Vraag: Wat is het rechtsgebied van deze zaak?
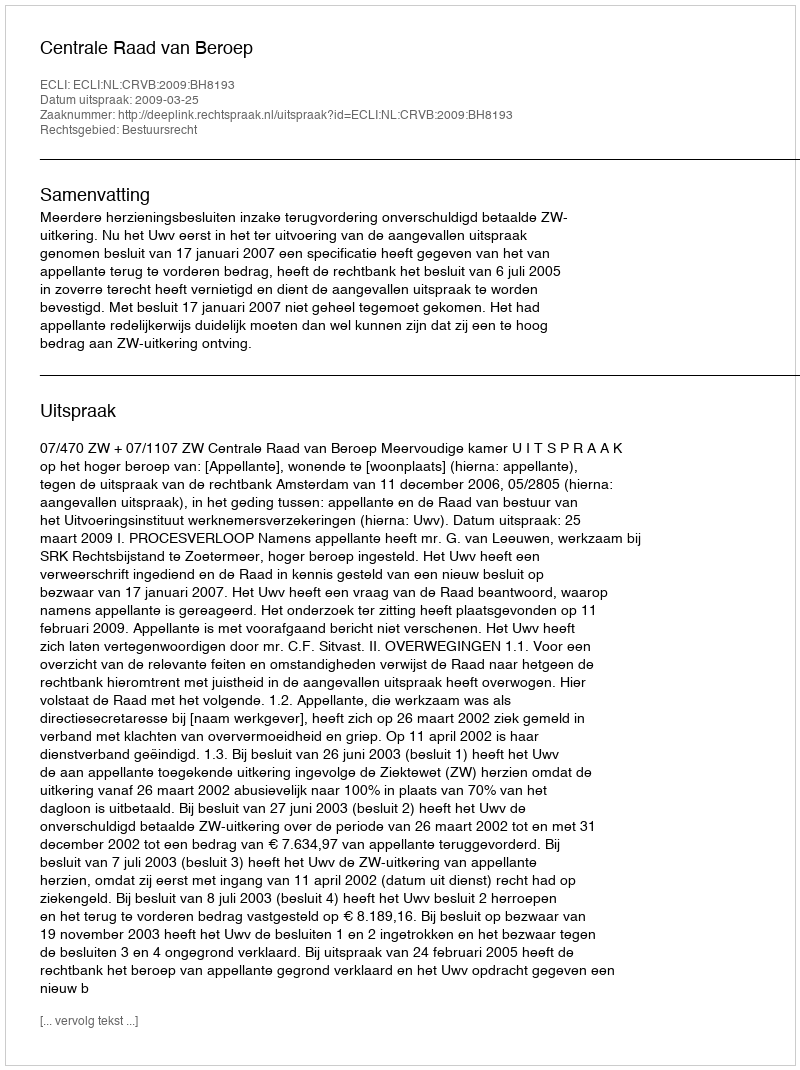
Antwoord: Bestuursrecht